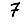
Digit: 7